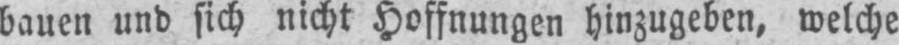
bauen und sich nicht Hoffnungen hinzugeben, welche